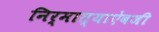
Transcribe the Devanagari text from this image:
निर्मात्याऐवजी